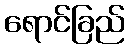
ရောင်ခြည်